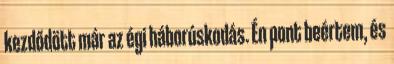
kezdődött már az égi háborúskodás. Én pont beértem, és